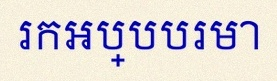
រកអប្បបរមា